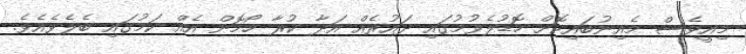
މިއީވެސް މެއިނުބައިކޮށް ހޮޑުލެވުމުގައި ދައުރެއް އަދާ ކުރާ ހޯމޮން އެއް ކަމުގައި ބެލެވެއެވެ.